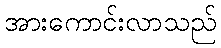
အားကောင်းလာသည်